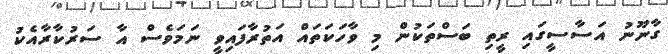
ގާނޫނު އަސާސީގައި ރީތި ބަސްތަކުން މި ވާހަކަތައް އަތުރާފައިވީ ނަމަވެސް އާ ސަރުކާރާއެކު